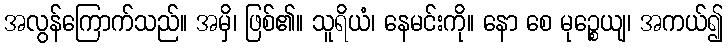
အလွန်ကြောက်သည်။ အမှိ၊ ဖြစ်၏။ သူရိယံ၊ နေမင်းကို။ နော စေ မုဉ္စေယျ၊ အကယ်၍